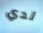
لدي